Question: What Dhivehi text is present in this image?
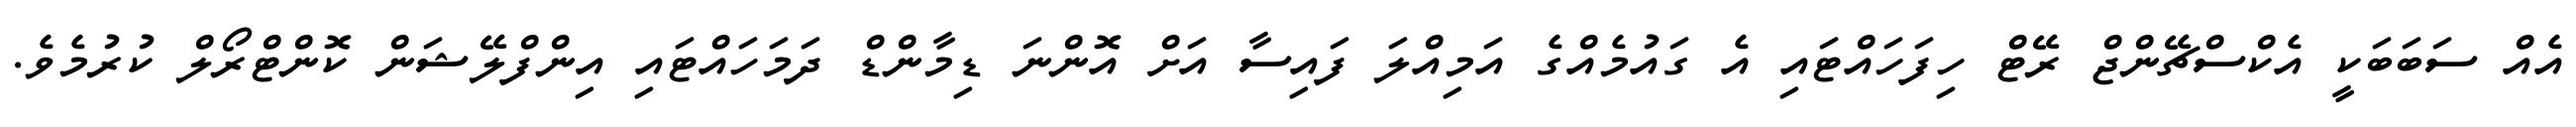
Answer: އެއް ސަބަބަކީ އެކްސްޗޭންޖް ރޭޓް ހިފަހައްޓައި އެ ގައުމެއްގެ އަމިއްލަ ފައިސާ އަށް އޮންނަ ޑިމާންޑް ދަމަހައްޓައި އިންފްލޭޝަން ކޮންޓްރޯލް ކުރުމެވެ.